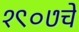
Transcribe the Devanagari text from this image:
१९०७चे